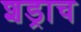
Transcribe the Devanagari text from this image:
शड्राच